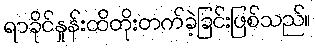
ရာခိုင်နှုန်းထိတိုးတက်ခဲ့ခြင်းဖြစ်သည်။